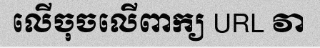
លើចុចលើពាក្យ URL វា